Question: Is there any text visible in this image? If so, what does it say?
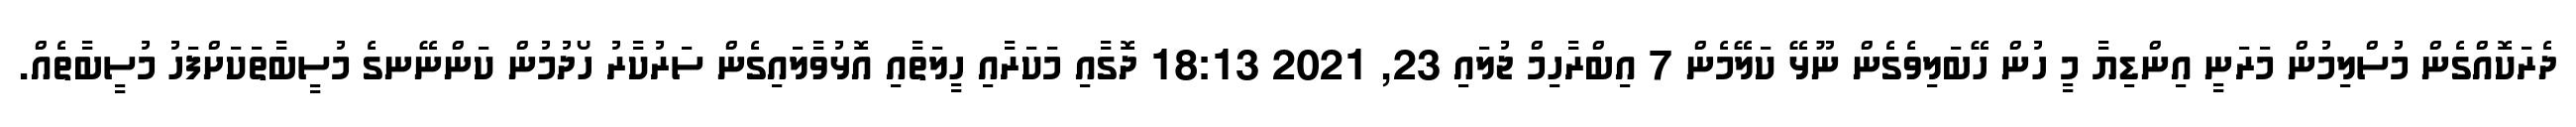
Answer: ދެރަކޮއްގެން މުސްލިމުން މަރަނީ އިންޑިޔާ މީ ހުން ހޭބަލިވެގެން ނޫޅޭ ކަލޭމެން 7 އިބްރާހިމް ޖުލައި 23, 2021 18:13 ދޮގާއި މަކަރާއި ހީލަތާއި އޮޅުވާލައިގެން ސަރުކާރު ހޯދުމުން ކަންނޭނގެ މުސީބާތަކަށްފަހު މުސީބާތެއް.